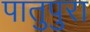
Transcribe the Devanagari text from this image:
पातुपुरा